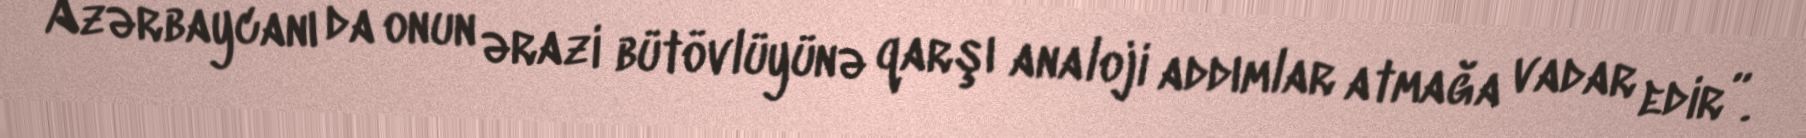
Azərbaycanı da onun ərazi bütövlüyünə qarşı analoji addımlar atmağa vadar edir”.